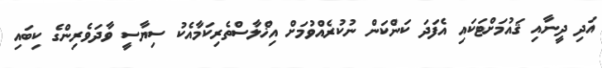
އަދި ދީނާއި ޤައުމަށްޓަކައި އެފަދަ ކަންކަން ނުކުރެއްވުމަށް އިޚްލާސްތެރިކަމާއެކު ސިޔާސީ ވާދަވެރިންގެ ކިބައި